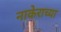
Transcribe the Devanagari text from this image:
नाकेराच्या